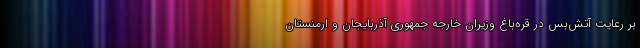
بر رعایت آتش‌بس در قره‌باغ وزیران خارجه جمهوری آذربایجان و ارمنستان